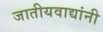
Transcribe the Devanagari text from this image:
जातीयवाद्यांनी